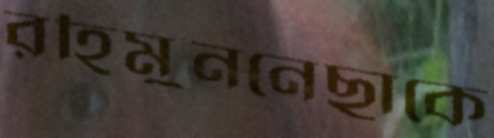
রহিমুননেছাকে